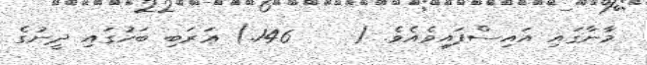
މާނާގައި އައިސްފައިވެއެވެ. (    146.) ޢަރަބި ބަހުގައި ދީނުގެ